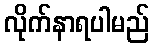
လိုက်နာရပါမည်